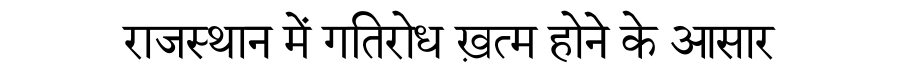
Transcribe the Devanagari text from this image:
राजस्थान में गतिरोध ख़त्म होने के आसार